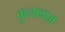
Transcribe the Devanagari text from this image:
कुलागम